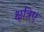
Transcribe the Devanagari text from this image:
क्षत्रिए